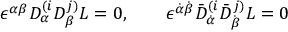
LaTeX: \epsilon ^ { \alpha \beta } D _ { \alpha } ^ { ( i } D _ { \beta } ^ { j ) } L = 0 , \qquad \epsilon ^ { \dot { \alpha } \dot { \beta } } \bar { D } _ { \dot { \alpha } } ^ { ( i } \bar { D } _ { \dot { \beta } } ^ { j ) } L = 0